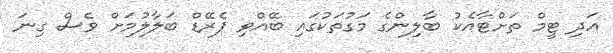
އަދި ޓީމް ތަށްޓާއެކު ބާލިންގެ މަގުތަކުގައި ބޭއްވި ޕެރޭޑް ބަލާލުމަށް ވެސް ގިނަ